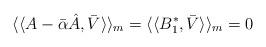
LaTeX: \begin{align*}\langle\langle A-\bar{\alpha}\hat{A}, \bar{V} \rangle\rangle_m=\langle\langle B^*_1 , \bar{V} \rangle\rangle_m=0\end{align*}